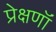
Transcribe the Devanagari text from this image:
प्रेक्षणॉं